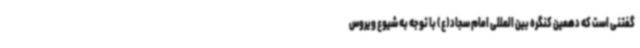
گفتنی است که دهمین کنگره بین المللی امام سجاد(ع) با توجه به شیوع ویروس